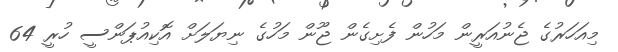
މިއަހަރުގެ ޖެނުއަރީން މަހުން ފެށިގެން ޖޫން މަހުގެ ނިޔަލަށް އޮކިއުޕަންސީ ހުރީ 64